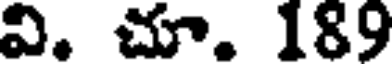
వి. చూ. 189